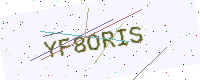
Text: YF8ORIS